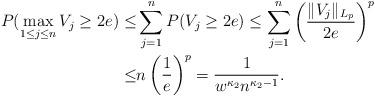
LaTeX: \begin{align*}P(\max_{1 \leq j \leq n} V_j \geq 2e) \leq & \sum_{j=1}^n P(V_j \geq 2e) \leq \sum_{j=1}^n \left(\frac{\|V_j\|_{L_p}}{2e}\right)^p\\\leq & n\left(\frac{1}{e}\right)^p=\frac{1}{w^{\kappa_2}n^{\kappa_2-1}}.\end{align*}